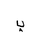
Letter: _ba